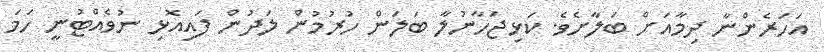
އަހަރެންނާ ދިމާއަށް ބަލާށެވެ. ކަޅިޖަހާނުލާ ބަލަން ހުރުމުން ލަދުން ފައިއޮޅި ނުވެއްޓުނީ ހަމަ